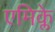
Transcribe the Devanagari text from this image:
एमिक्ले